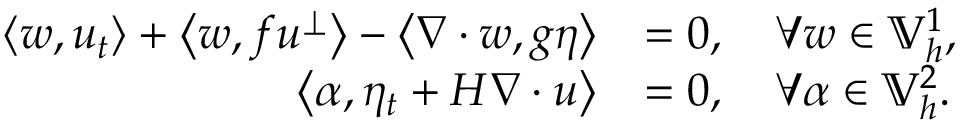
\begin{array} { r l } { \left\langle w , u _ { t } \right\rangle + \left\langle w , f u ^ { \perp } \right\rangle - \left\langle \nabla \cdot w , g \eta \right\rangle } & { = 0 , \quad \forall w \in \mathbb { V } _ { h } ^ { 1 } , } \\ { \left\langle \alpha , \eta _ { t } + H \nabla \cdot u \right\rangle } & { = 0 , \quad \forall \alpha \in \mathbb { V } _ { h } ^ { 2 } . } \end{array}